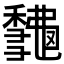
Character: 𥣨